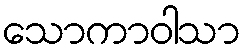
သောကာဝါသာ